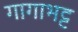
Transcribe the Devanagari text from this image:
गागाभट्ट